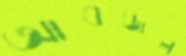
আবজল